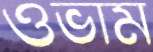
ওভাম